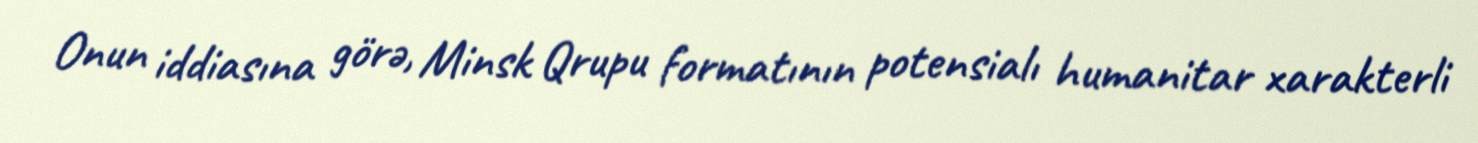
Onun iddiasına görə, Minsk Qrupu formatının potensialı humanitar xarakterli